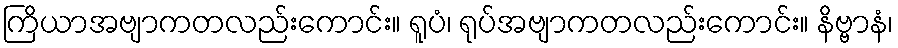
ကြိယာအဗျာကတလည်းကောင်း။ ရူပံ၊ ရုပ်အဗျာကတလည်းကောင်း။ နိဗ္ဗာနံ၊